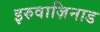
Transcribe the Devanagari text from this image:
इरुवाज़िनाड